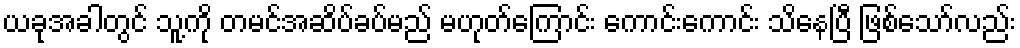
ယခုအခါတွင် သူ့ကို တမင်အဆိပ်ခပ်မည် မဟုတ်ကြောင်း ကောင်းကောင်း သိနေပြီ ဖြစ်သော်လည်း